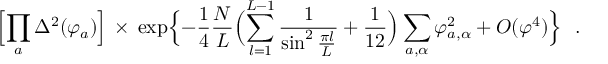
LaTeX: \Bigl [ \prod _ { a } \Delta ^ { 2 } ( \varphi _ { a } ) \Bigr ] \, \times \, \exp \Bigl \{ - { \frac { 1 } { 4 } } { \frac { N } { L } } \Bigl ( \sum _ { l = 1 } ^ { L - 1 } { \frac { 1 } { \sin ^ { 2 } { \frac { \pi l } { L } } } } + { \frac { 1 } { 1 2 } } \Bigr ) \sum _ { a , \alpha } \varphi _ { a , \alpha } ^ { 2 } + O ( \varphi ^ { 4 } ) \Bigr \} ~ ~ .